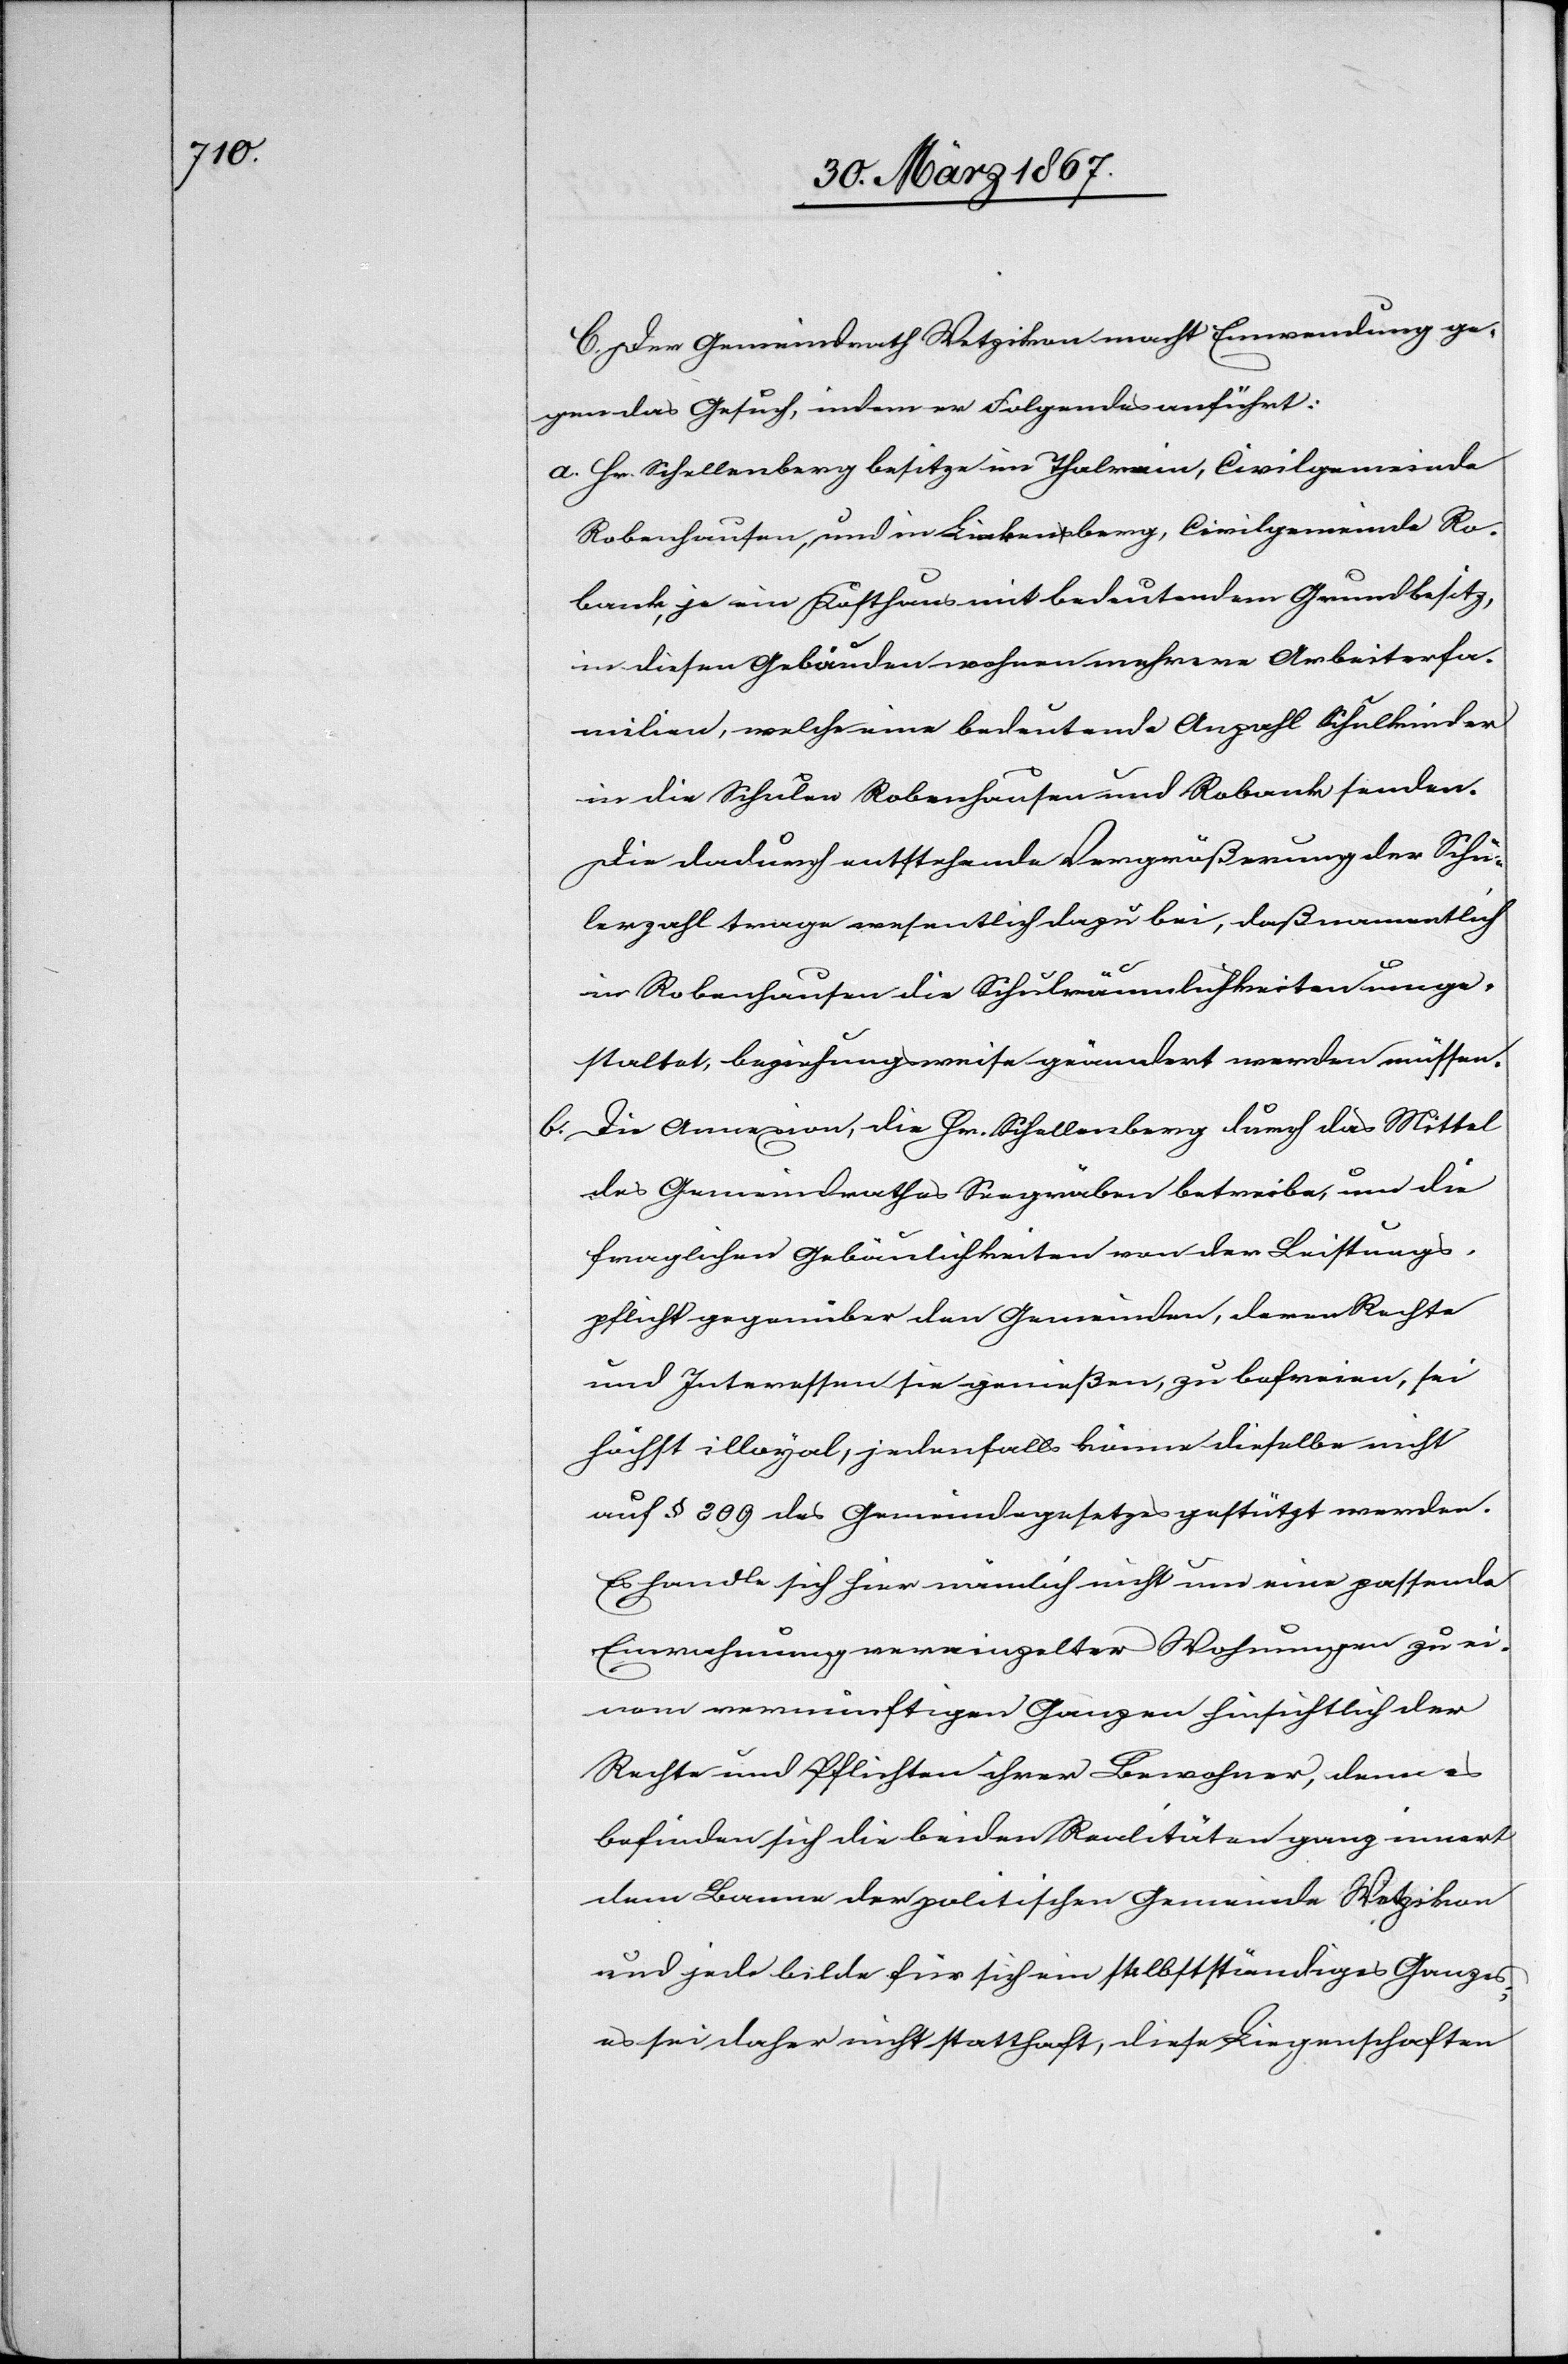
C. Der Gemeindrath Wetzikon macht Einwendung ge¬
gen das Gesuch, indem er Folgendes anführt:
a.	Hr. Schellenberg besitze im Thalrain, Civilgemeinde
Robenhausen, und in Linkensberg, Civilgemeinde Ro¬
bank, je ein Kosthaus mit bedeutendem Grundbesitz,
in diesen Gebäuden wohnen mehrere Arbeiterfa¬
milien, welche eine bedeutende Anzahl Schulkinder
in die Schulen Robenhausen und Robank senden.
Die dadurch entstehende Vergrößerung der Schü¬
lerzahl trage wesentlich dazu bei, daß namentlich
in Robenhausen die Schulräumlichkeiten umge¬
staltet, beziehungsweise geändert werden müssen.
b.	Die Annexion, die Hr. Schellenberg durch das Mittel
des Gemeindrathes Seegräben betreibe, um die
fraglichen Gebäulichkeiten von der Leistungs¬
pflicht gegenüber den Gemeinden, deren Rechte
und Interessen sie genießen, zu befreien, sei
höchst illoyal, jedenfalls könne dieselbe nicht
auf § 209 des Gemeindegesetzes gestützt werden.
Es handle sich hier nämlich nicht um eine passende
Einrahmung vereinzelter Wohnungen zu ei¬
nem vernünftigen Ganzen hinsichtlich der
Rechte und Pflichten ihrer Bewohner, denn es
befinden sich die beiden Realitäten ganz innert
dem Banne der politischen Gemeinde Wetzikon
und jede bilde für sich ein selbstständiges Ganzes,
es sei daher nicht statthaft, diese Liegenschaften